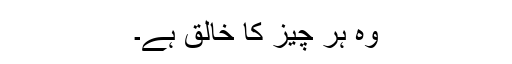
وہ ہر چیز کا خالق ہے۔